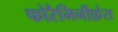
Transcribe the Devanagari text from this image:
फोरैमिनीफ़ेरा